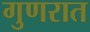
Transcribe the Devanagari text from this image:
गुणरात